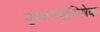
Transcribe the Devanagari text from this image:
युवराज्याभिषेक